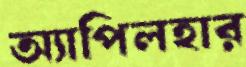
অ্যাপিলহার